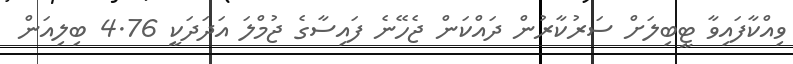
ވިއްކާފައިވާ ޓީބިލަށް ސަރުކާރުން ދައްކަން ޖެހޭނެ ފައިސާގެ ޖުމްލަ އަދަދަކީ 4.76 ބިލިއަން